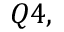
Q 4 ,